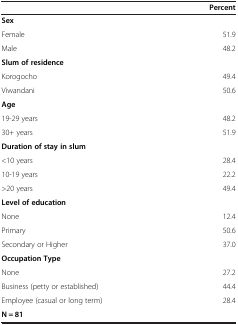
<table><thead><tr><td><b> </b></td><td><b>Percent</b></td></tr></thead><tbody><tr><td><b>Sex</b></td><td> </td></tr><tr><td>Female</td><td>51.9</td></tr><tr><td>Male</td><td>48.2</td></tr><tr><td><b>Slum of residence</b></td><td> </td></tr><tr><td>Korogocho</td><td>49.4</td></tr><tr><td>Viwandani</td><td>50.6</td></tr><tr><td><b>Age</b></td><td> </td></tr><tr><td>19-29 years</td><td>48.2</td></tr><tr><td>30+ years</td><td>51.9</td></tr><tr><td><b>Duration of stay in slum</b></td><td> </td></tr><tr><td>&lt;10 years</td><td>28.4</td></tr><tr><td>10-19 years</td><td>22.2</td></tr><tr><td>&gt;20 years</td><td>49.4</td></tr><tr><td><b>Level of education</b></td><td> </td></tr><tr><td>None</td><td>12.4</td></tr><tr><td>Primary</td><td>50.6</td></tr><tr><td>Secondary or Higher</td><td>37.0</td></tr><tr><td><b>Occupation Type</b></td><td> </td></tr><tr><td>None</td><td>27.2</td></tr><tr><td>Business (petty or established)</td><td>44.4</td></tr><tr><td>Employee (casual or long term)</td><td>28.4</td></tr><tr><td colspan="2"><b>N = 81</b></td></tr></tbody></table>